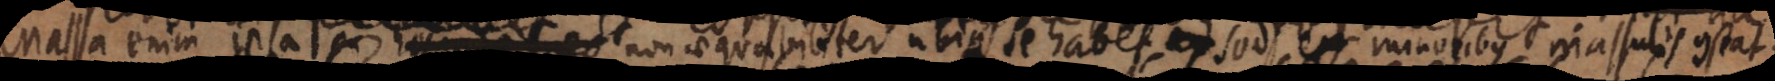
Massa enim ipsa non aequabiliter ubique se habet, sed ex minoribus massulis constat.